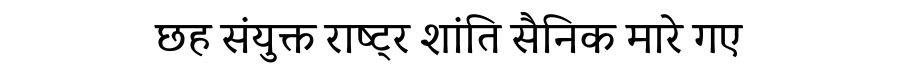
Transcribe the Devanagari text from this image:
छह संयुक्त राष्ट्र शांति सैनिक मारे गए